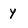
Character: y